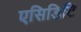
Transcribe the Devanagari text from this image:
एसिडिटि